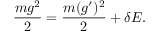
\frac { m g ^ { 2 } } { 2 } = \frac { m ( g ^ { \prime } ) ^ { 2 } } { 2 } + \delta E .